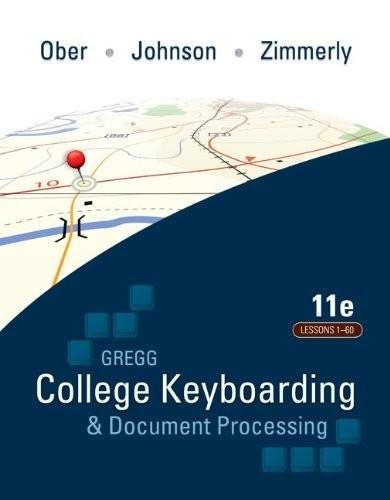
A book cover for Gregg College Keyboarding & Document Processing (GDP) - Lessons 1-60 Text (11th Edition, 11e) - By Ober, Johnson, & Zimmerly; Scot Ober; Business & Money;